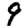
Digit: 9